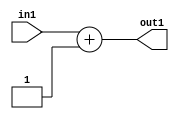
`timescale 1ps / 1ps
/*****************************************************************************
    Verilog RTL Description
    
    
    Created by: Stratus DpOpt 2019.1.01 
*******************************************************************************/

module DC_Filter_Add2i1u12_1 (
	in1,
	out1
	); /* architecture "behavioural" */ 
input [11:0] in1;
output [11:0] out1;
wire [11:0] asc001;

assign asc001 = 
	+(in1)
	+(12'B000000000001);

assign out1 = asc001;
endmodule

/* CADENCE  ubD0SQg= : u9/ySgnWtBlWxVPRXgAZ4Og= ** DO NOT EDIT THIS LINE ******/